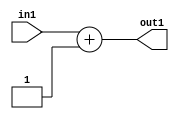
`timescale 1ps / 1ps
/*****************************************************************************
    Verilog RTL Description
    
    
    Created by: Stratus DpOpt 2019.1.01 
*******************************************************************************/

module DC_Filter_Add2i1u12_1 (
	in1,
	out1
	); /* architecture "behavioural" */ 
input [11:0] in1;
output [11:0] out1;
wire [11:0] asc001;

assign asc001 = 
	+(in1)
	+(12'B000000000001);

assign out1 = asc001;
endmodule

/* CADENCE  ubD0SQg= : u9/ySgnWtBlWxVPRXgAZ4Og= ** DO NOT EDIT THIS LINE ******/